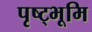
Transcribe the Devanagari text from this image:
पृष्ट्भूमि